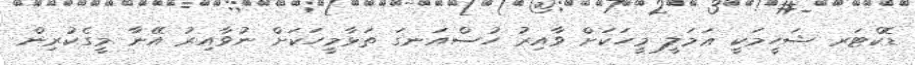
ޑޮކްޓަރ ޝަހީމަކީ ޢަމަލީ މީހަކަށް ވާއިރު ހުސްއަނގަ ތަޅާމީހަކަށް ނުވާއިރު އޭނާ މީގެކުރިން